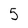
Character: 5